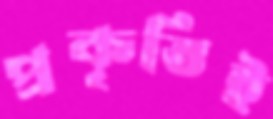
প্রকৃতিই